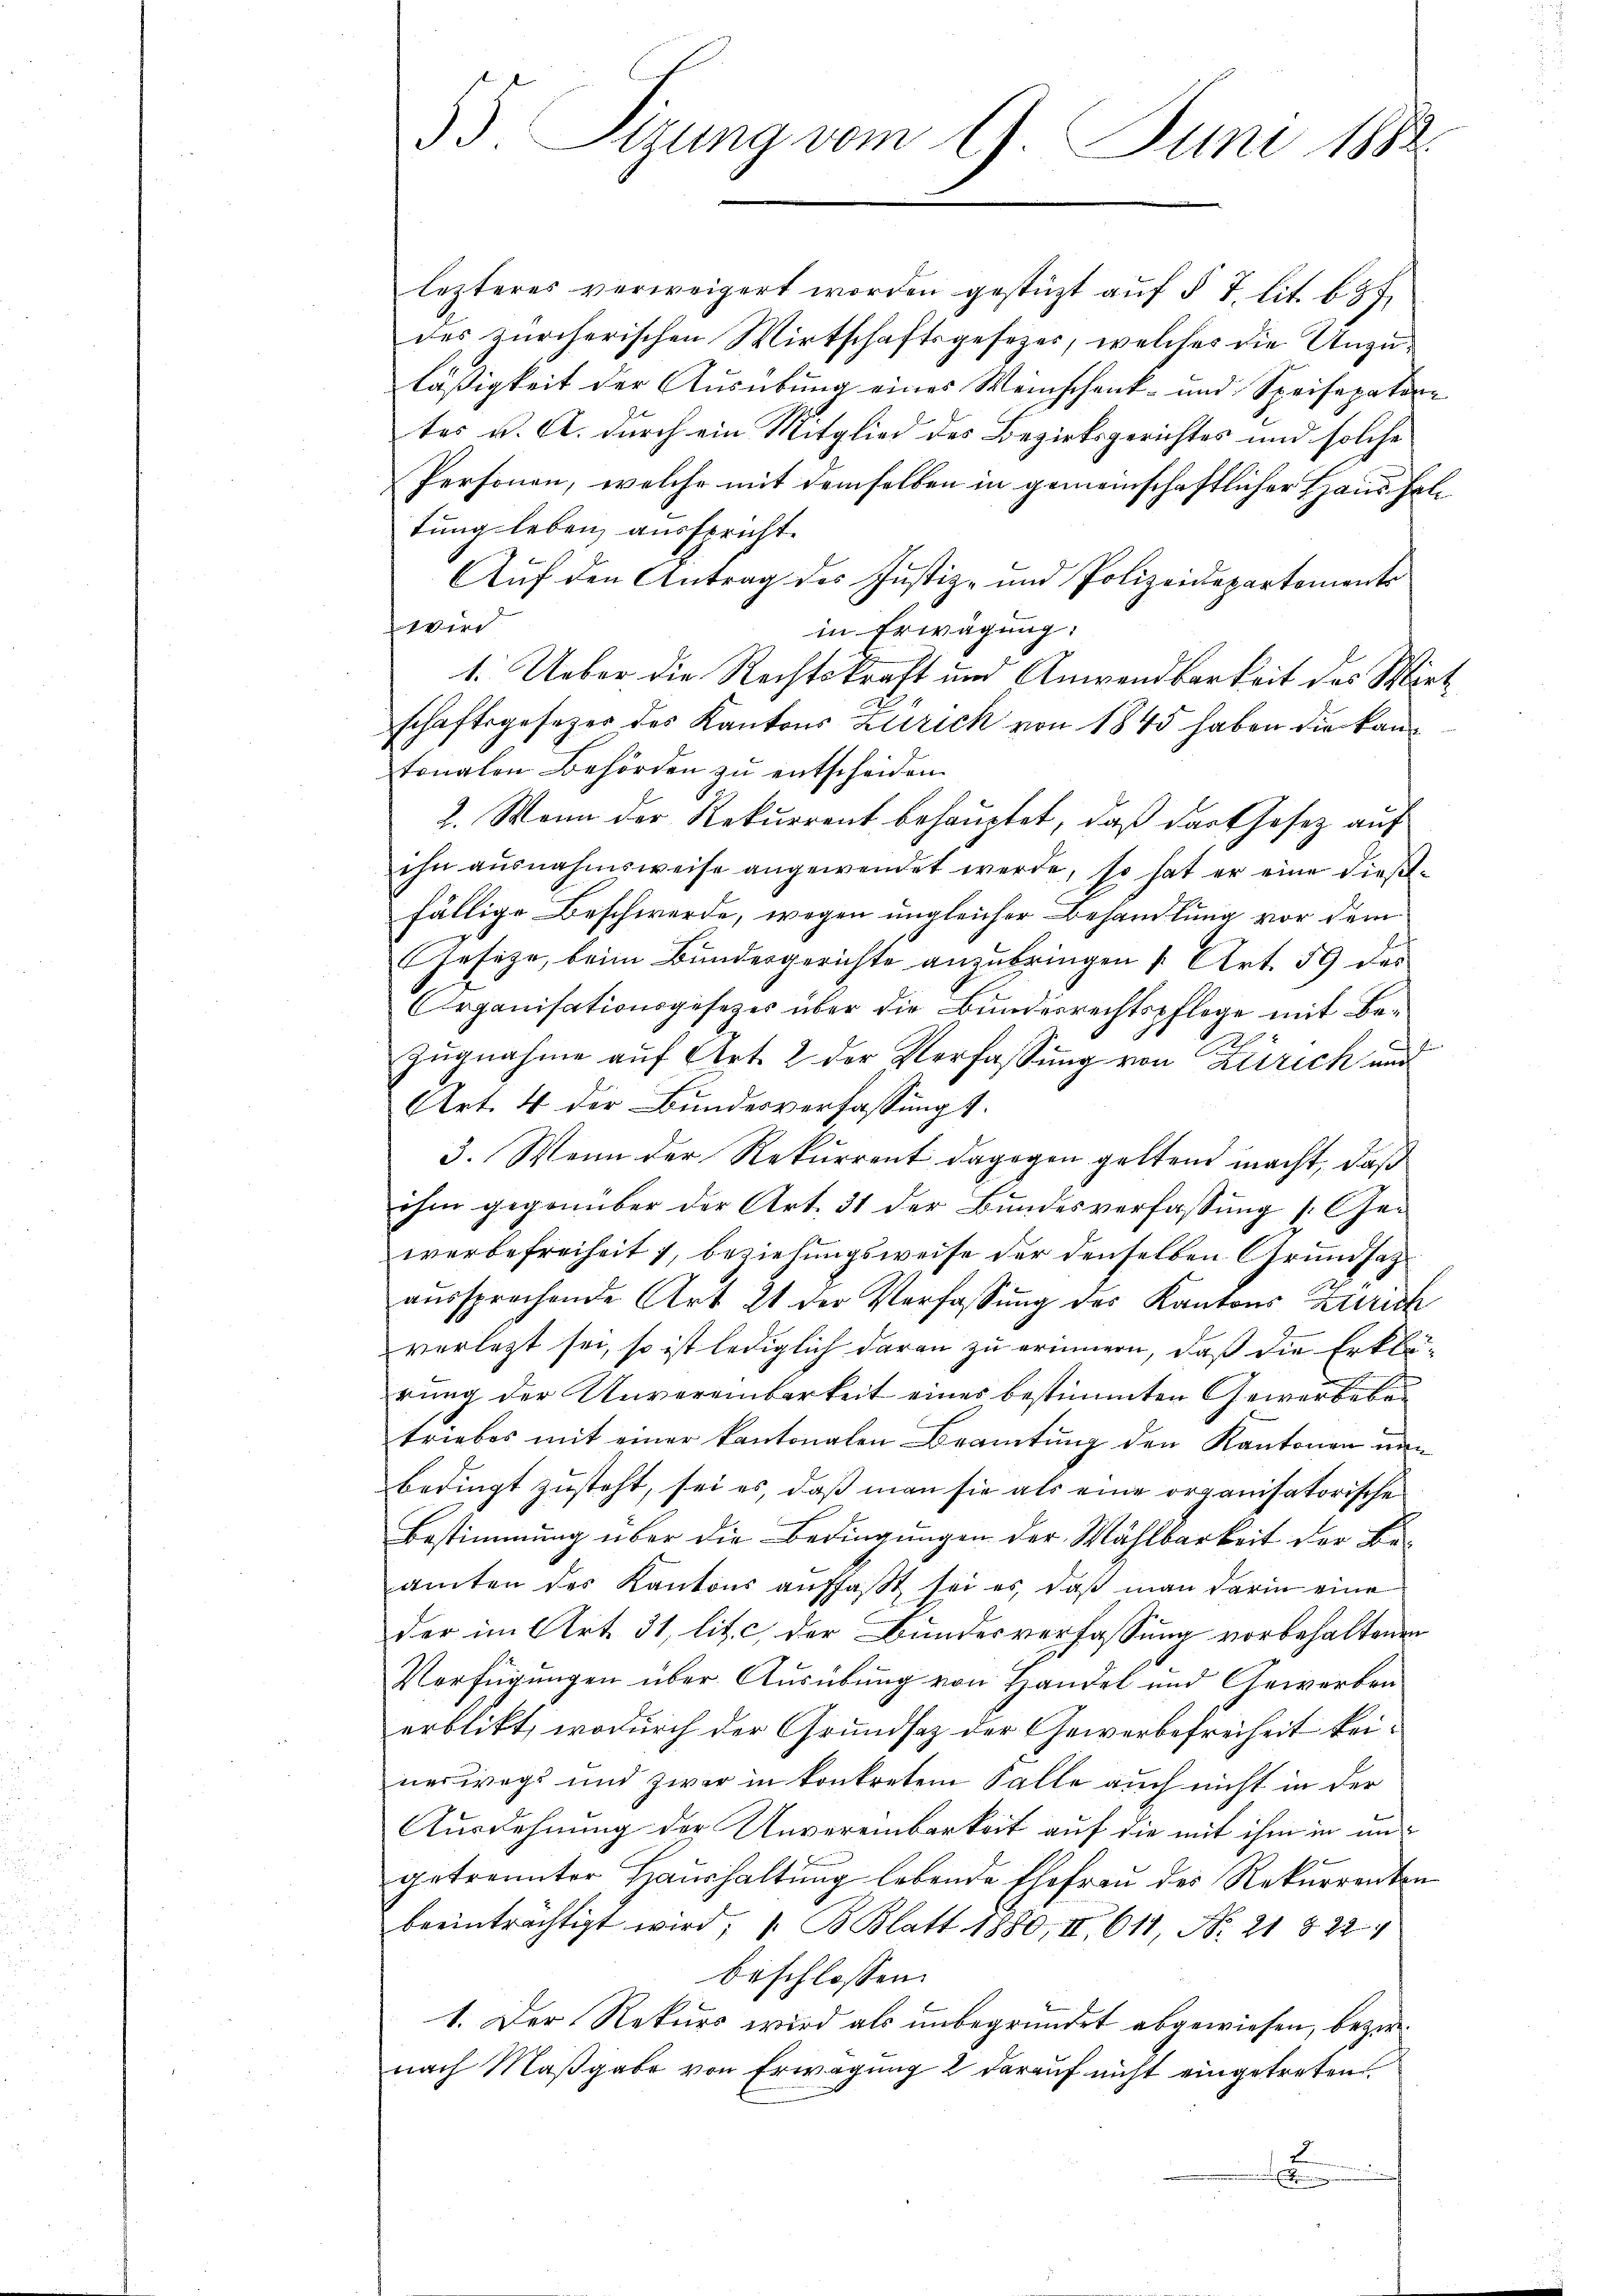
33. Sizung vom 9. Juni 1882.

lezteres verweigert worden gestützt auf § 7 lit. 637.
des zürcherischen Wirtschaftsgesezer, welches die Unzuläßigkeit der Ausübung eines Weinschenk- und Speisepaten
tes v. A. durch ein Mitglied des Bezirksgerichtes und solche
Personen, welche mit demselben in gemeinschaftlicher Haus foltung leben, ausspricht.
Auf den Antrag des Justiz- und Polizeidepartements
Wie
in Erwägung:
1. Ueber die Rechtskraft und Anwendbarkeit des Wirt
schaftsgesezer des Kantons Zürich von 1845 haben die kantonalen Behörden zŭ entscheiden.
2. Wenn der Rekurrent behauptet, daß darthofe auf
ihn ausnahmsweise angewendet werde, so hat er eine diesfällige Beschwerde, wegen ungleicher Behandlung vor dem
Jeseze, beim Bundergerichte anzubringen (Art. 59 des
Organisationsgesetzes über die Bundesrechtspflege mit Be¬
2
Zugnahme auf Art. 2 der Verfassung von Zürich und
Art. 4 der Bundesverfassungs¬
3. Wenn der Rekurrent dagegen geltend macht, daß
ihm gegenüber der Art. 31 der Bundesverfassung s. Gewerbefreiheit 1, beziehungsweise der denselben Grundsatzaŭssprechende Art 21 der Verfassŭng des Kantons Zürich
verletzt sei, so ist lediglich daran zu erinnern, daß die Erklä-
rung der Unvereinbarkeit eines bestimmten Gewerbebetriebes mit einer kantonalen Beamtung den Kantonen nun
bedingt zusteht, sei es, daß man sie als eine organisatorische
Bestimmung über die Bedingungen der Wählbarkeit der Be-
amten des Kantons auffaßt sei es, daß man darin eine
der im Art. 31, lit. c der Bundesverfassung vorbehaltenen
Verfügungen über Ausübung von Handel und Gewerben
erblickt, wodurch der Grundsatz der Gewerbefreiheit keinerwegs und zwar in konkreten Falle auch nicht in der
Ausdehnung der Unvereinbarkeit auf die mit ihm in ungetrennter Haushaltung lebende Ehefrau des Rekurrenten
beeinträchtigt wird, 1. B. Blatt 1880, II 611 No 215224
beschlossen:
1. Der Rekurs wird als unbegründet abgewiesen, bezirnach Maßgabe von Erwägung 2 darauf nicht eingetreten.
I
.